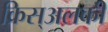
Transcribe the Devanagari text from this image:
क्रिस्अलकी